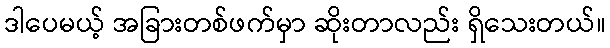
ဒါပေမယ့် အခြားတစ်ဖက်မှာ ဆိုးတာလည်း ရှိသေးတယ်။